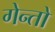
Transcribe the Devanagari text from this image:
गेन्तो